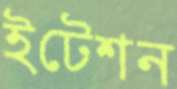
ইটেশন